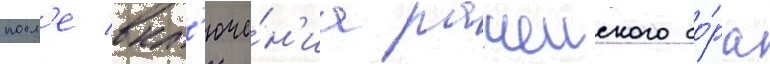
посл'е вкл'юче́н'иа рачеиского бо́ра